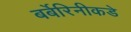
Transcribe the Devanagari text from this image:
बर्बेरिनीकडे